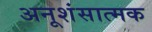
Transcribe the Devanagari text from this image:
अनूशंसात्मक